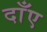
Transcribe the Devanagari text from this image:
दाँए